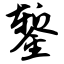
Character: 錾